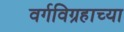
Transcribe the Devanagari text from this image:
वर्गविग्रहाच्या